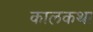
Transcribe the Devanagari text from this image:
कालकथा